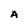
Character: A